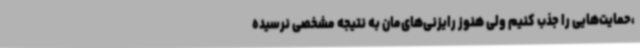
،حمایت‌هایی را جذب کنیم ولی هنوز رایزنی‌های‌مان به نتیجه مشخصی نرسیده